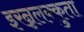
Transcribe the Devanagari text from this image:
इरन्नलक्कुता